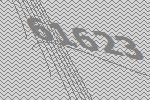
61623